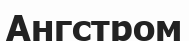
Ангстром